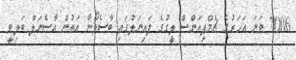
2006 ވަނަ އަހަރުގެ ޗެމްޕިއަންސް ލީގުގެ ފައިނަލުގައި ބާސެލޯނާ އަތުން އާސެނަލް ބަލިވީ